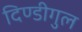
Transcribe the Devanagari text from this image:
दिण्डीगुल